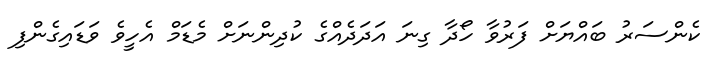
ކެންސަރު ބައްޔަށް ފަރުވާ ހޯދާ ގިނަ އަދަދެއްގެ ކުދިންނަށް މެޑަމް އެހީވެ ވަޑައިގެންފި